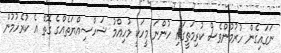
ނަގައިގެން ހުރުމުންވެސް ކުރިމަތީގައި ހުންނަ މީހަކީ މުހިއްމު ޝަހްސިއްޔަތެއްގެ ގޮތް އެ ކުރެހުމުން